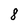
Character: 8